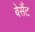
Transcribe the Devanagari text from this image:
बेसैंट